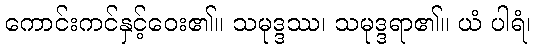
ကောင်းကင်နှင့်ဝေး၏။ သမုဒ္ဒဿ၊ သမုဒ္ဒရာ၏။ ယံ ပါရံ၊